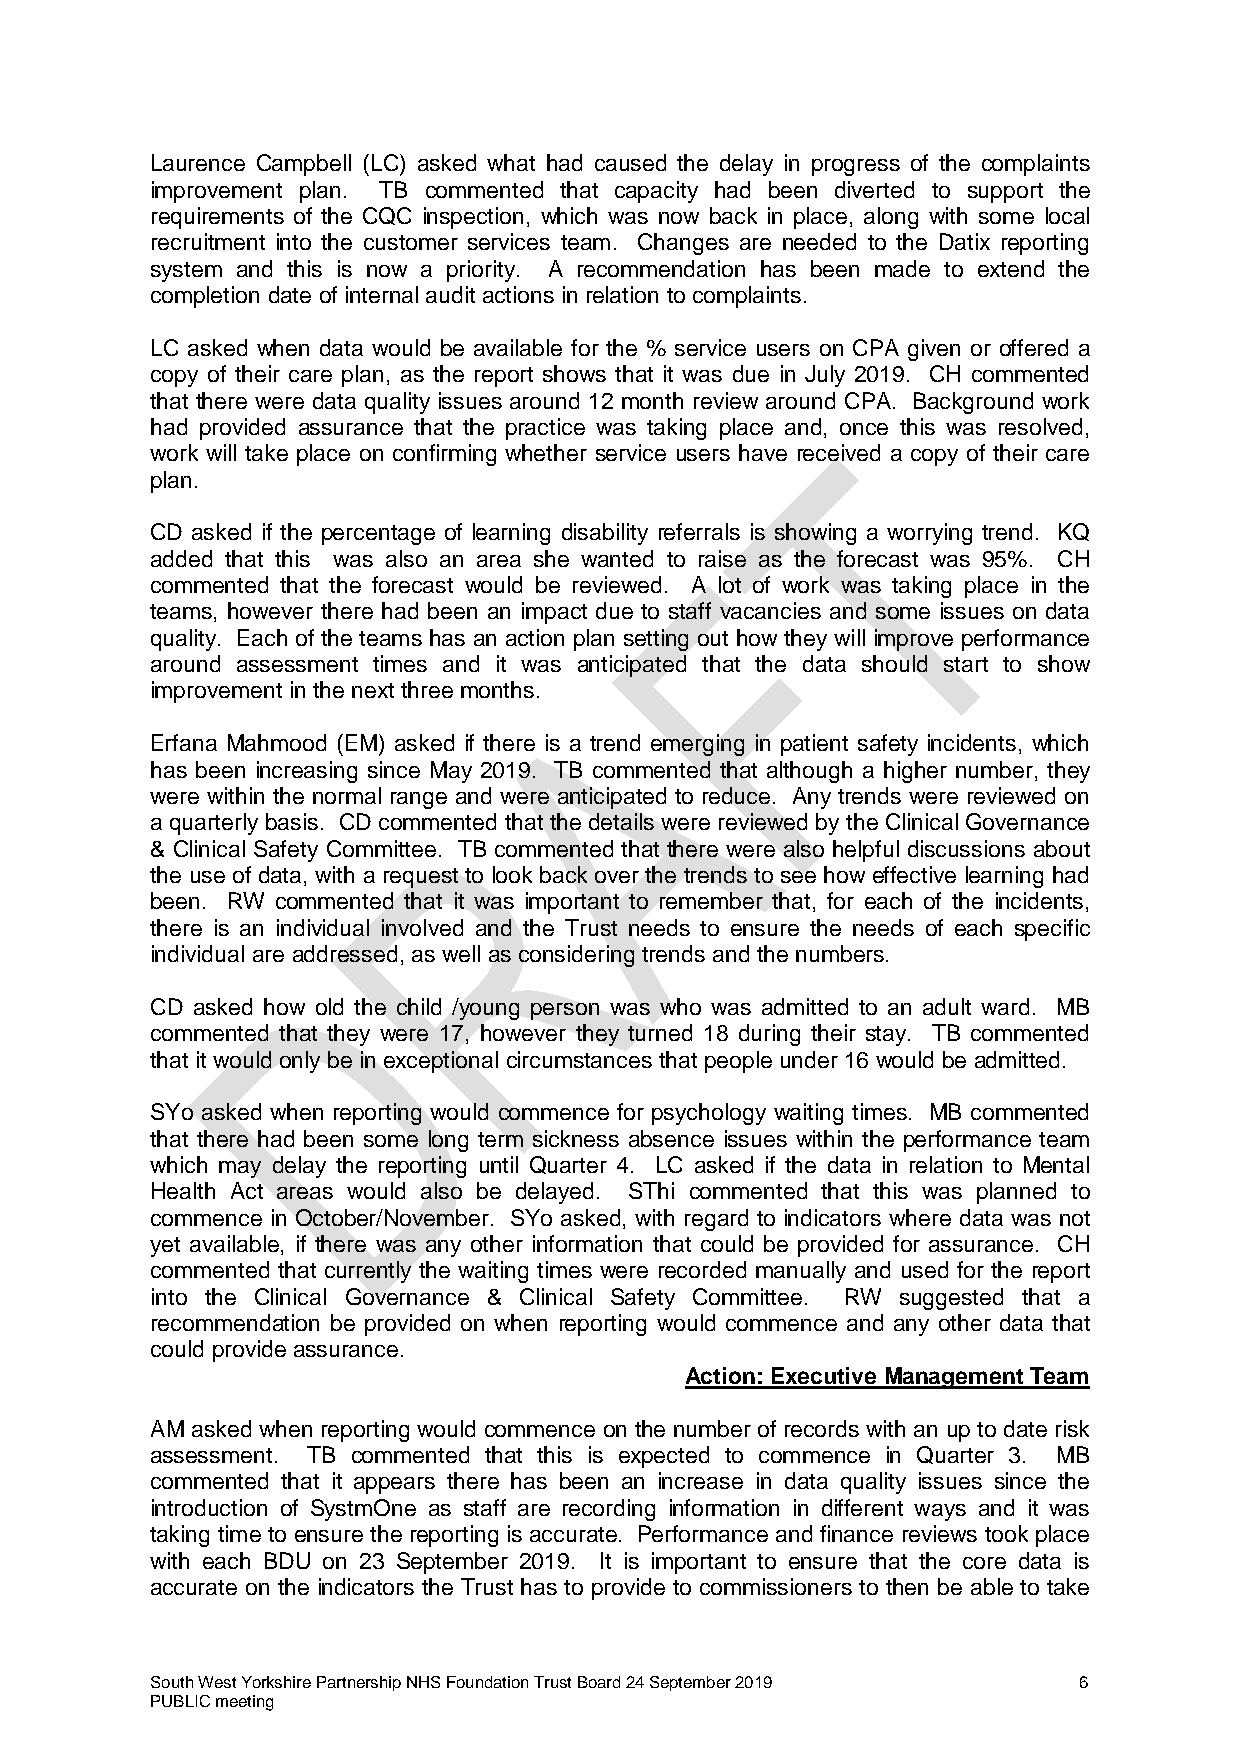
Laurence Campbell (LC) asked what had caused the delay in progress of the complaints
 improvement plan. TB commented that capacity had been diverted to support the
 requirements of the CQC inspection, which was now back in place, along with some local
 recruitment into the customer services team. Changes are needed to the Datix reporting
 system and this is now a priority. A recommendation has been made to extend the
 completion date of internal audit actions in relation to complaints.
 LC asked when data would be available for the % service users on CPA given or offered a
 copy of their care plan, as the report shows that it was due in July 2019. CH commented
 that there were data quality issues around 12 month review around CPA. Background work
 had provided assurance that the practice was taking place and, once this was resolved,
 work will take place on confirming whether service users have received a copy of their care
 plan.
 CD asked if the percentage of learning disability referrals is showing a worrying trend. KQ
 added that this was also an area she wanted to raise as the forecast was 95%. CH
 commented that the forecast would be reviewed. A lot of work was taking place in the
 teams, however there had been an impact due to staff vacancies and some issues on data
 quality. Each of the teams has an action plan setting out how they will improve performance
 around assessment times and it was anticipated that the data should start to show
 improvement in the next three months.
 Erfana Mahmood (EM) asked if there is a trend emerging in patient safety incidents, which
 has been increasing since May 2019. TB commented that although a higher number, they
 were within the normal range and were anticipated to reduce. Any trends were reviewed on
 a quarterly basis. CD commented that the details were reviewed by the Clinical Governance
 & Clinical Safety Committee. TB commented that there were also helpful discussions about
 the use of data, with a request to look back over the trends to see how effective learning had
 been. RW commented that it was important to remember that, for each of the incidents,
 there is an individual involved and the Trust needs to ensure the needs of each specific
 individual are addressed, as well as considering trends and the numbers.
 CD asked how old the child /young person was who was admitted to an adult ward. MB
 commented that they were 17, however they turned 18 during their stay. TB commented
 that it would only be in exceptional circumstances that people under 16 would be admitted.
 SYo asked when reporting would commence for psychology waiting times. MB commented
 that there had been some long term sickness absence issues within the performance team
 which may delay the reporting until Quarter 4. LC asked if the data in relation to Mental
 Health Act areas would also be delayed. SThi commented that this was planned to
 commence in October/November. SYo asked, with regard to indicators where data was not
 yet available, if there was any other information that could be provided for assurance. CH
 commented that currently the waiting times were recorded manually and used for the report
 into the Clinical Governance & Clinical Safety Committee. RW suggested that a
 recommendation be provided on when reporting would commence and any other data that
 could provide assurance.
 Action: Executive Management Team
 AM asked when reporting would commence on the number of records with an up to date risk
 assessment. TB commented that this is expected to commence in Quarter 3. MB
 commented that it appears there has been an increase in data quality issues since the
 introduction of SystmOne as staff are recording information in different ways and it was
 taking time to ensure the reporting is accurate. Performance and finance reviews took place
 with each BDU on 23 September 2019. It is important to ensure that the core data is
 accurate on the indicators the Trust has to provide to commissioners to then be able to take
 South West Yorkshire Partnership NHS Foundation Trust Board 24 September 2019 6
 PUBLIC meeting